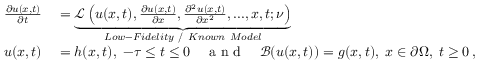
\begin{array} { r l } { \frac { \partial u ( x , t ) } { \partial t } } & { { } = \underbrace { \mathcal { L } \left( u ( x , t ) , \frac { \partial u ( x , t ) } { \partial x } , \frac { \partial ^ { 2 } u ( x , t ) } { \partial x ^ { 2 } } , . . . , x , t ; \nu \right) } _ { L o w - F i d e l i t y ~ / ~ K n o w n ~ M o d e l } } \\ { u ( x , t ) } & { { } = h ( x , t ) , \; - \tau \leq t \leq 0 \quad \mathrm { ~ a ~ n ~ d ~ } \quad \mathcal { B } ( u ( x , t ) ) = g ( x , t ) , \; x \in \partial \Omega , \; t \geq 0 \, , } \end{array}